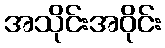
အသိုင်းအဝိုင်း